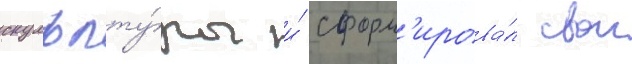
скульпту́ры и́ сформ'ирова́л свои